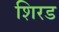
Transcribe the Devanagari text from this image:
शिरड